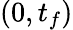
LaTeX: \left(0,t_{f}\right)